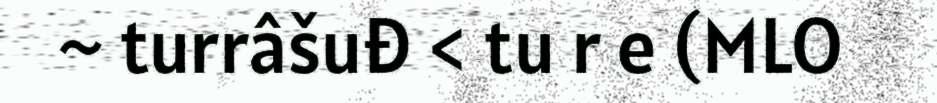
~ turrâšuđ < tu r e (MLO